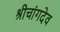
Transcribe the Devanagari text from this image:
श्रीचांगदेव